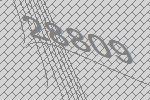
28809